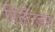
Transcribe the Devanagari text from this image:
रिलॅन्डर